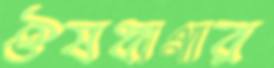
ঔষধাগার